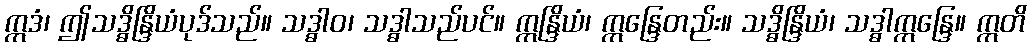
ဣဒံ၊ ဤသဒ္ဓိန္ဒြိယံပုဒ်သည်။ သဒ္ဓါဝ၊ သဒ္ဓါသည်ပင်။ ဣန္ဒြိယံ၊ ဣန္ဒြေတည်း။ သဒ္ဓိန္ဒြိယံ၊ သဒ္ဓါဣန္ဒြေ။ ဣတိ